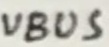
Text: VBUS